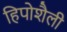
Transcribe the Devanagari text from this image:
हिपोशैली